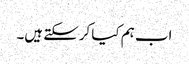
اب ہم کیا کرسکتے ہیں۔